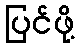
ပြင်ဖို့